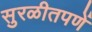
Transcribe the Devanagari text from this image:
सुरळीतपणें